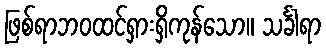
ဖြစ်ရာဘဝထင်ရှားရှိကုန်သော။ သင်္ခါရာ